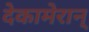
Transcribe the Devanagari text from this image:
देकामेरान्